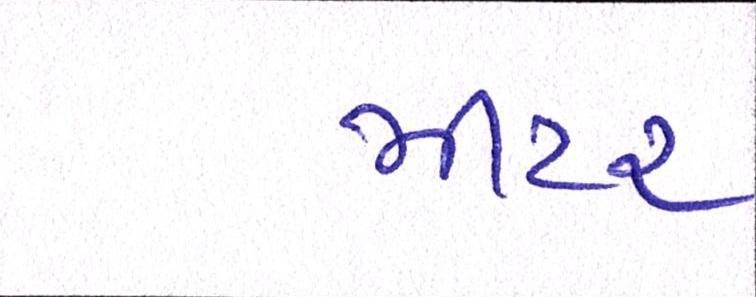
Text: મીટર